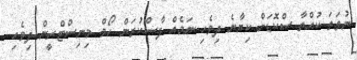
ނުވަތަ ކުއްތާ ސްކޮޑަށް ކިޔާނެ ދިވެހި ނަމެއް ފާސްކުރަން ހޯމް މިނިސްޓްރީން ދިވެހި